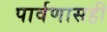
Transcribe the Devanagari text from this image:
पार्वणासही